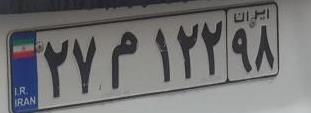
۲۷م۱۲۲۹۸